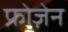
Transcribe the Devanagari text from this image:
फ्रोज़ेन